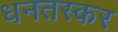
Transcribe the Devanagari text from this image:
धनतस्कर